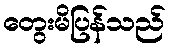
တွေးမိပြန်သည်